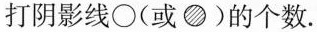
打阴影线〇(或●)的个数.